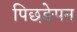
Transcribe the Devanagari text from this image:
पिछङेपन